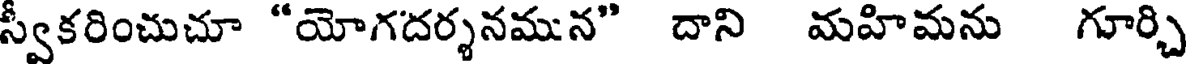
స్వీకరించుచూ "యోగదర్శనమున" దాని మహిమను గూర్చి